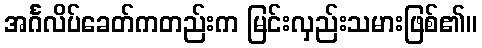
အင်္ဂလိပ်ခေတ်ကတည်းက မြင်းလှည်းသမားဖြစ်၏။